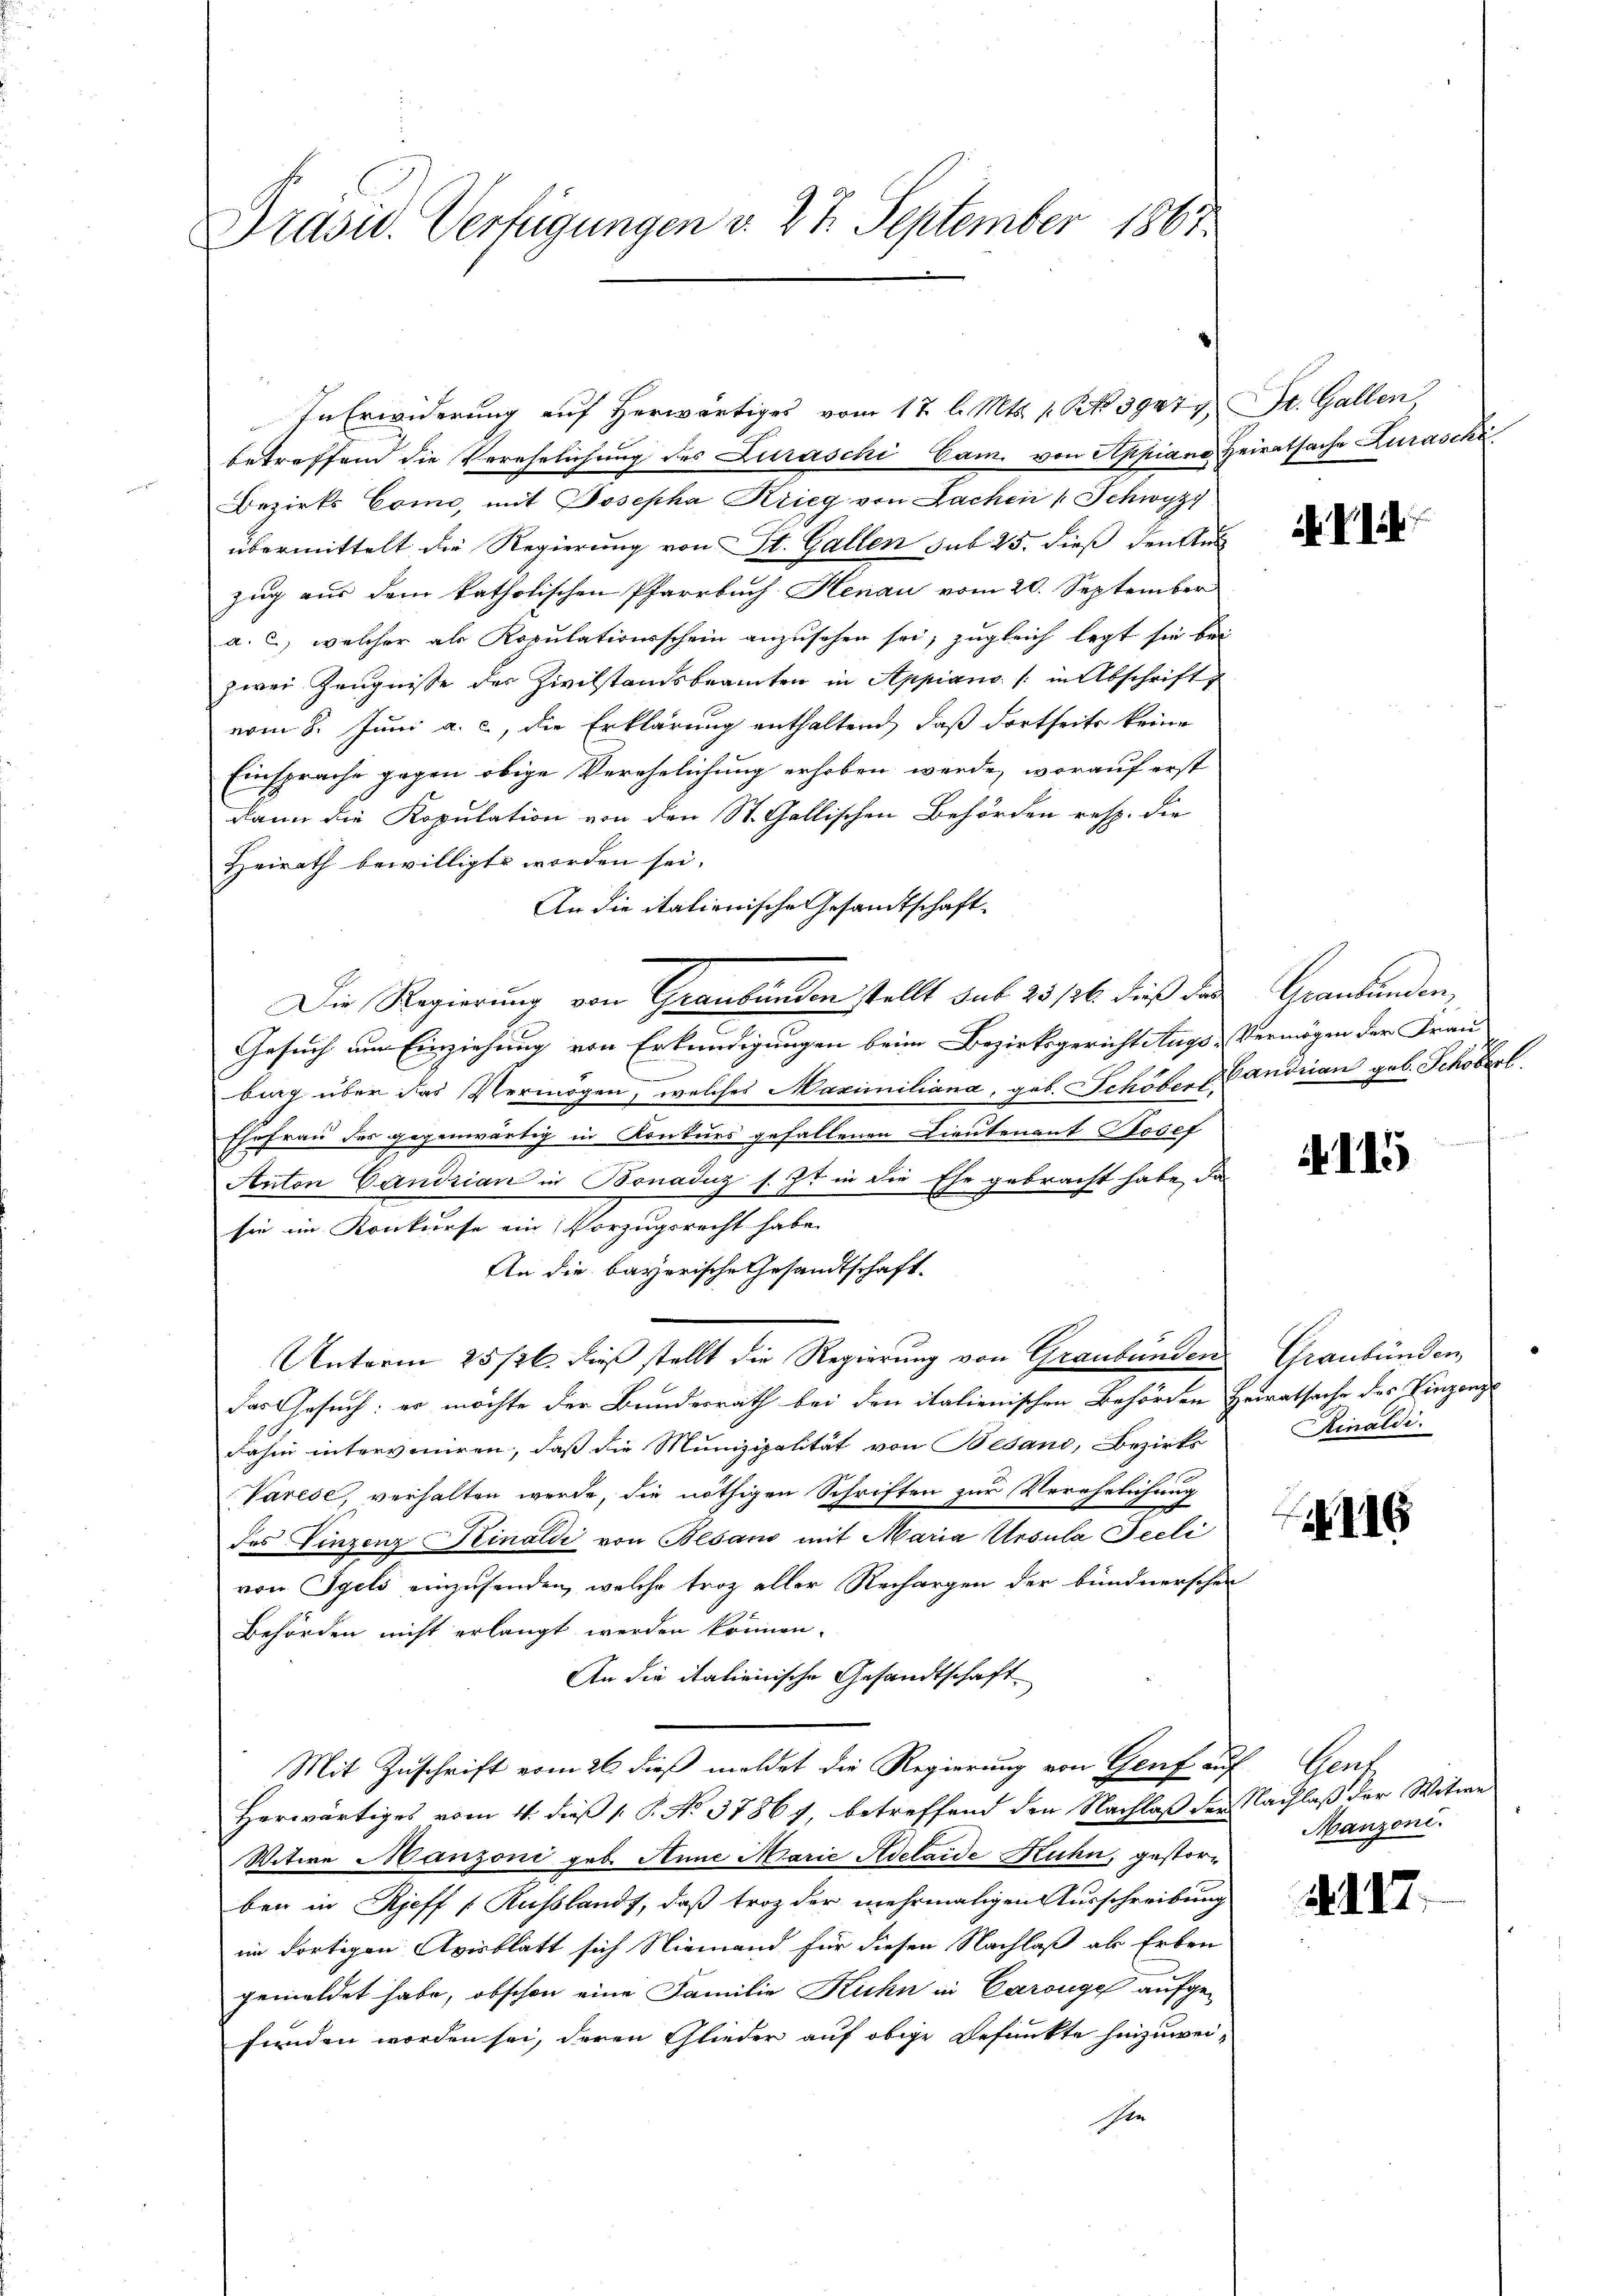
Präsid. Verfügungen v. 27. September 1867.

In Erwiderung auf herwärtiges vom 17. l. Mts. 1. No 39477. St. Gallen,
betreffend die Verehrlichung des Zuraschi Cam. von Appiana, Heiratsache Zuraschi
Bezirks Como, mit Josepha Krieg von Sachen (Schwyz
übermittelt die Regierung von St. Gallen sub 25. dieß den Aus
zug aus dem katholischen Pfarrbach Henau vom 20. September
a. c., welcher als Kopulationsschein anzusehen sei, zugleich legt sie bei
zwei Zeŭgnisse des Zivilstandsbeamten in Appiano (: in Abschrift
vom 8. Juni a. c., die Erklärung enthaltend, daß dortseits keine
Einsprache gegen obige Verehelichung erhoben werde, worauf erst
dann die Kopulation von den St. Gallischen Behörden resp. die
Heirath bewilligt worden sei.
An die italienische Gesandtschaft
Die Regierung von Graubünden stellt sub 25/26. dieß das
Gesuch am Einziehung von Erkundigungen beim Bezirksgericht Augs-Vermögen der Frau
bing über das Vermögen, welches Maximiliana, geb. Schöber Handrian geb. Schöberl
Ehefrau des gegenwärtig in Konkurs gefallenen Lieutenant Josef
Anton Gandrian in Bonaduz s. Z. in die Ehe gebracht habe, da
sie im Konkurse ein Vorzugsrecht habe.
An die bayerische Gesandtschaft
Unterm 25/26. dieß stellt die Regierung von Graubünden
das Gesuch: er möchte der Bundesrath bei den italienischen Behörden Heiratsache des Vinzenz
90
dahin interveniren, daß die Munizipalität von Bedano, Bezirks
Varese, verhalten werde, die nöthigen Schriften zur Verehrlichung
des Finzenz-Kinaldi von Besand mit Maria Ursula Seeli
von Igels einzusenden, welche troz aller Rechargen der bündnerschen
Behörden nicht erlangt werden können.
An die italienische Gesandtschaft
Mit Zuschrift vom 26. dieß meldet die Regierung von Genf auf Genf
Herwärtiges vom 11. dieß P. P. No 37867, betreffend den Nachlaß der Nachlaß der Witwe
Witwe Manzoni geb. Anne Marie Adelaide Ruhn, gestorben in Rieff Auslands, daß troz der mehrmaligen Ausschreibung
im dortigen Avisblatt sich Niemand für diesen Nachlaß als Erben
gemeldet habe, obschon eine Familie Kuhn in Carouge aufge-
funden worden sei, deren Glieder auf obige Befunkte hinzuwei¬
Ien

. d.

Graubünden,

115

Graubünden,
Rinaldi

116

Manzoni.

N. 117.